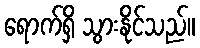
ရောက်ရှိ သွားနိုင်သည်။